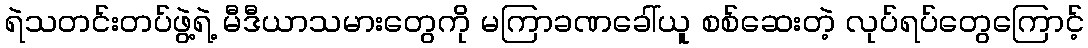
ရဲသတင်းတပ်ဖွဲ့ရဲ့ မီဒီယာသမားတွေကို မကြာခဏခေါ်ယူ စစ်ဆေးတဲ့ လုပ်ရပ်တွေကြောင့်